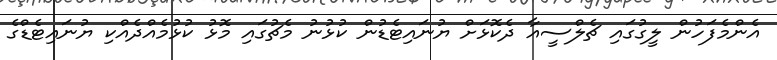
އެންމެފަހުން ލީގުގައި ޗެލްސީއާ ދެކޮޅަށް ޔުނައިޓެޑުން ކުޅުނު މެޗުގައި މޮޅު ކުޅުމެއްދެއްކި ޔުނައިޓެޑްގެ